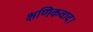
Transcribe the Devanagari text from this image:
क्षणिकवाद।